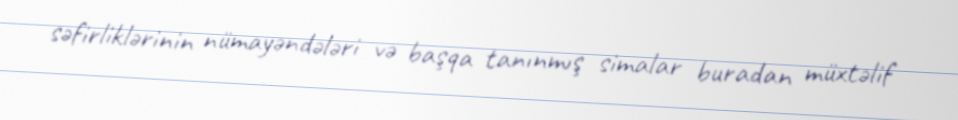
səfirliklərinin nümayəndələri və başqa tanınmış simalar buradan müxtəlif